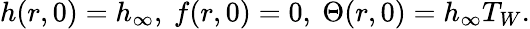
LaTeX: h(r,0)=h_{\infty},\ f(r,0)=0,\ \Theta(r,0)=h_{\infty}T_{W}.